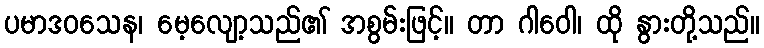
ပမာဒဝသေန၊ မေ့လျော့သည်၏ အစွမ်းဖြင့်။ တာ ဂါဝေါ၊ ထို နွားတို့သည်။